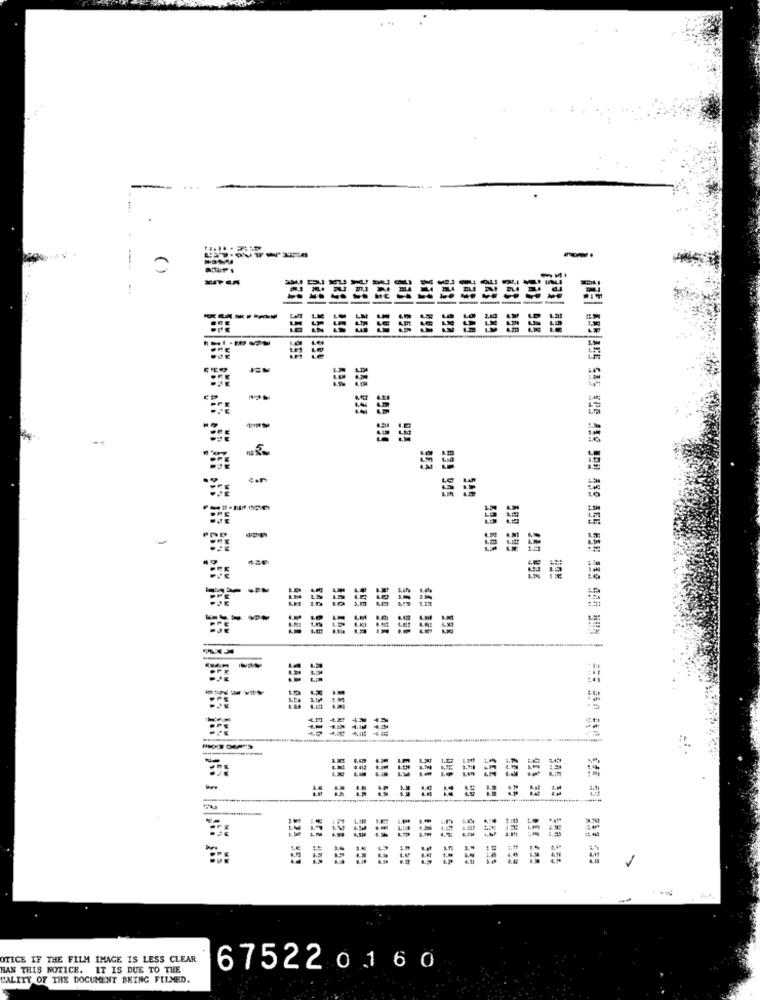
...
.
==
154
353
155
995
-
-
599 593
599 595
199 935
199 999
-
====
WCS #22
505 555
SHE 559
OTICE IF THE FILM IMAGE IS LESS CLEAR
HAN THIS NOTICE. IT IS DUE TO THE
675220160
UALITY OF THE DOCUMENT BEING FILMED.